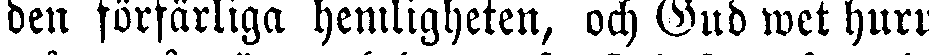
den förfärliga hemligheten, och Gud wet huru